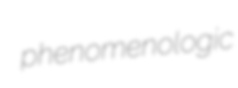
phenomenologic